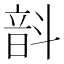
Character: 𫖗